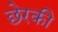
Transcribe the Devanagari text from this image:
छेरकी